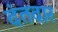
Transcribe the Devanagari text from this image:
दंतदार